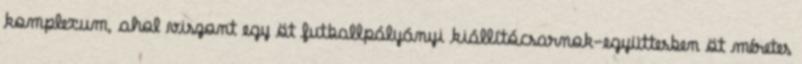
komplexum, ahol viszont egy öt futballpályányi kiállítócsarnok-együttesben öt méretes